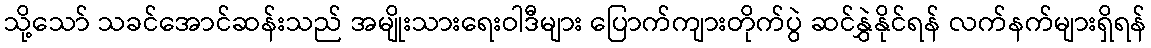
သို့သော် သခင်အောင်ဆန်းသည် အမျိုးသားရေးဝါဒီများ ပြောက်ကျားတိုက်ပွဲ ဆင်နွှဲနိုင်ရန် လက်နက်များရှိရန်